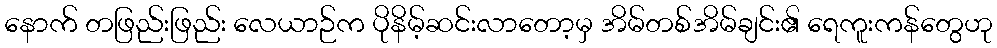
နောက် တဖြည်းဖြည်း လေယာဉ်က ပိုနိမ့်ဆင်းလာတော့မှ အိမ်တစ်အိမ်ချင်း၏ ရေကူးကန်တွေဟု